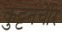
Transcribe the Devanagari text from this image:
कुट्टनचेरि